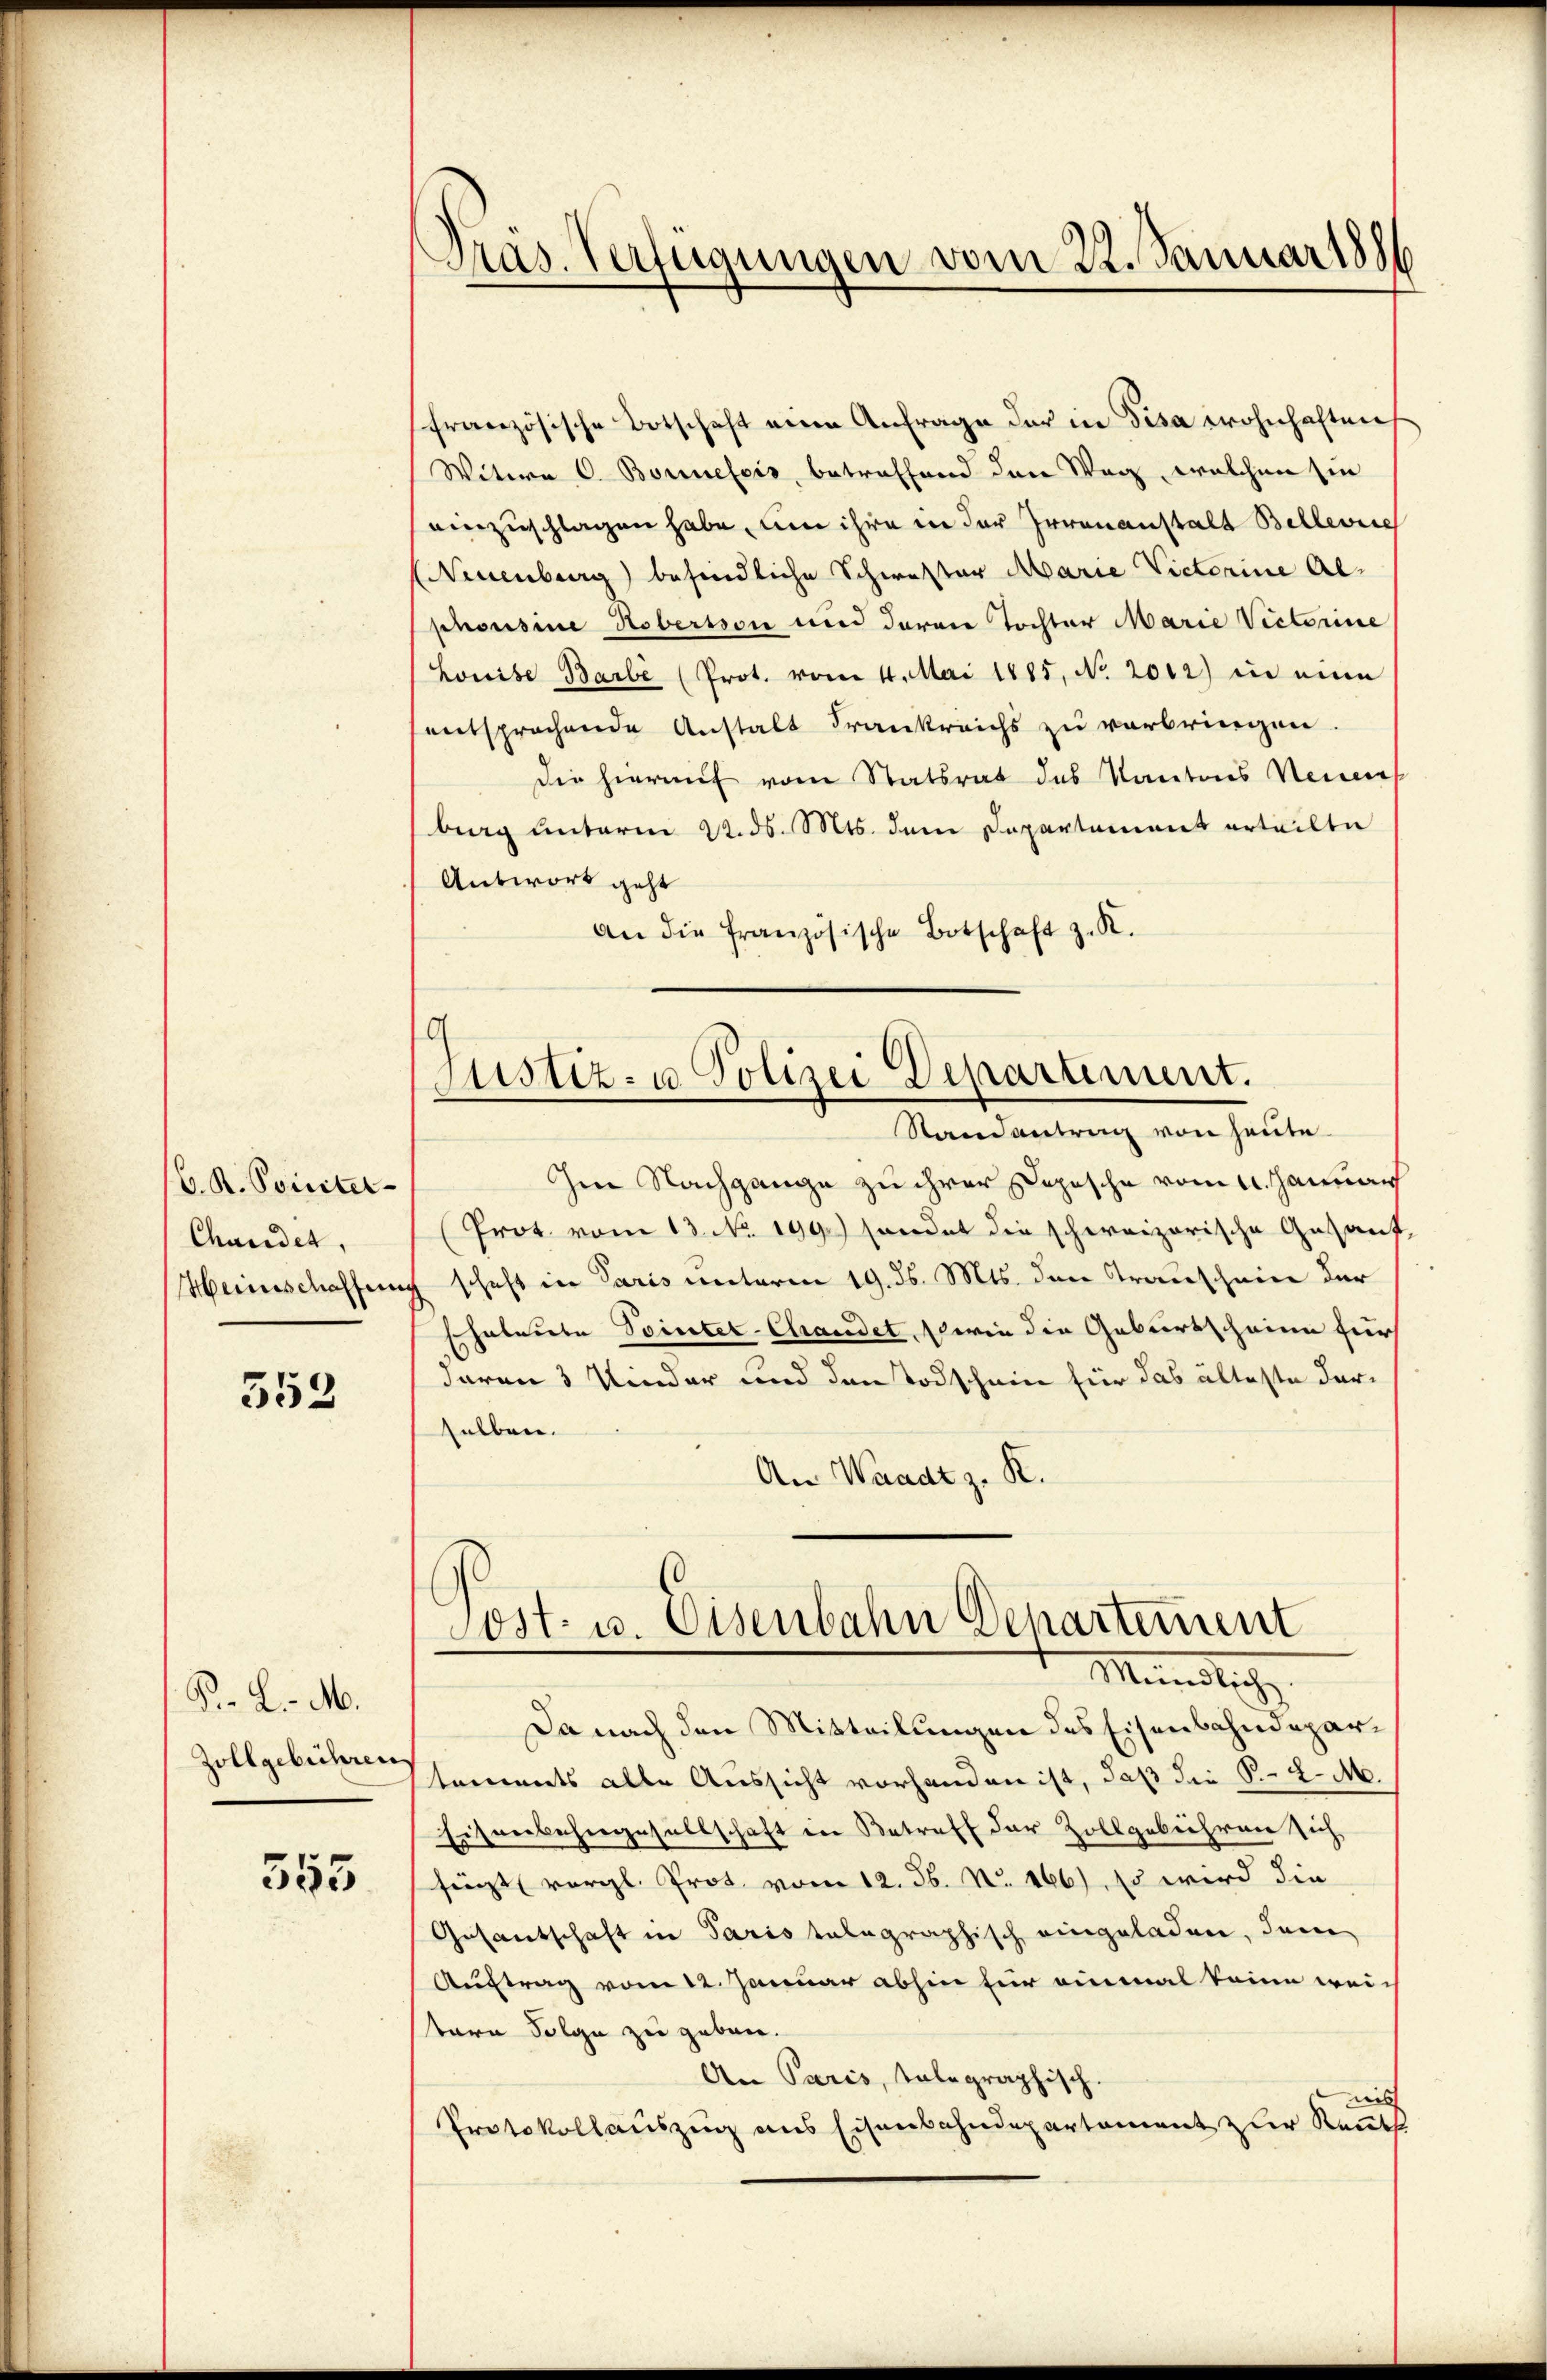
C. R. Soweiter-
Chundet,
Heinschaffen

552

B. L. M.
Zollgebühren

555

Präs. Verfügungen vom 22. Januar 1886

ffranzösische Botschaft eine Anfrage der in Pisa wohnhaften
Witern C. Boreleis, betreffend den Weg, welchen sie
einzuschlagen habe, um ihre in der Irrenanstalt Bellevie
NNeuenberg befindliche Schwester Marie Victorine Alphousine Robersson und daran Tochter Marie Victorine
Louise Barbe (Prot. vom 4. Mai 1885, No 2012) in eine
entsprochende Anstalt Frankreichs zu verbringen.
die hierauf vom Statsrat des Kantons Neuen
berg unterm 22. ds. Mts. dem Departement erteilte
Antwort geht
An die französische Botschaft z. R.
Im Nachgange zu ihrer Depesche vom 4. Januar
(Prot. vom 13. No. 199.) handet die schweizerische Gesanfc schaft in Paris unterm 19. ds. Mts. den Transchein der
schalente Pointer-Chandet, wie die Geburtscheine für
daran 3 Under und den Todschein für das älteste darselben.
An Waadt z. R.
Sost- u. Eisenbahn Departement
Münstig
Da nach den Mitteilungen des Eisenbahndepartaments alle Aussicht vorhanden ist, daß die §. 2. M.
Eisenbehergesellschaft in Betreff der Zollgebühren sich
sägt vergl. Prot. vom 12. Jb. No. 166, 15 wird die
Gesantschaft in Paris telegraphisch eingeladen, dann
Auftrag vom 12. Januar abhin für einmal keine wei-
tern Folge zu geben.
An Paris, telegraphisch
mis
Protokollauszug aus Eisenbahndepartement zur Reuth

G
Ptistiz- u. Polizei Departement.
Randantrag von heute